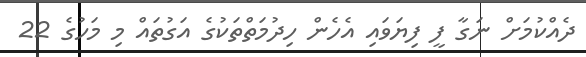
ދެއްކުމަށް ނަގާ ފީ ފިޔަވައި އެހެން ހިދުމަތްތަކުގެ އަގުތައް މި މަހުގެ 22